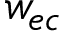
w _ { e c }